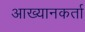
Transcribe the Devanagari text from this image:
आख्यानकर्ता